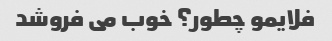
فلایمو چطور؟ خوب می فروشد